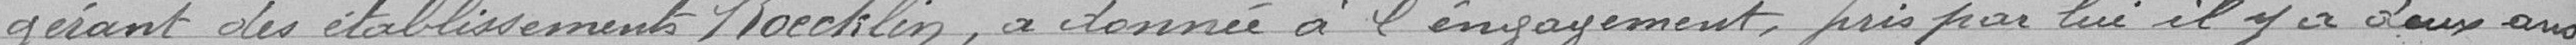
gérant des établissements Koecklin, a donné à l'engagement, pris par lui il y a deux ans